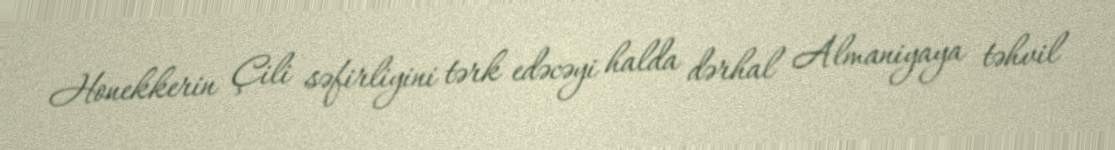
Honekkerin Çili səfirliyini tərk edəcəyi halda dərhal Almaniyaya təhvil